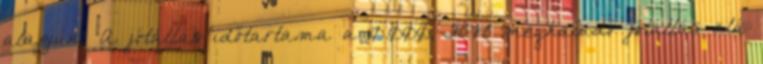
alapján? A jótállás időtartama a 10.000,-Ft-ot meghaladó jótállás alá